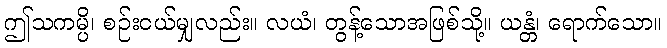
ဤသကမ္ပိ၊ စဉ်းငယ်မျှလည်း။ လယံ၊ တွန့်သောအဖြစ်သို့။ ယန္တံ၊ ရောက်သော။